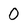
Character: 0